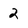
Character: 2